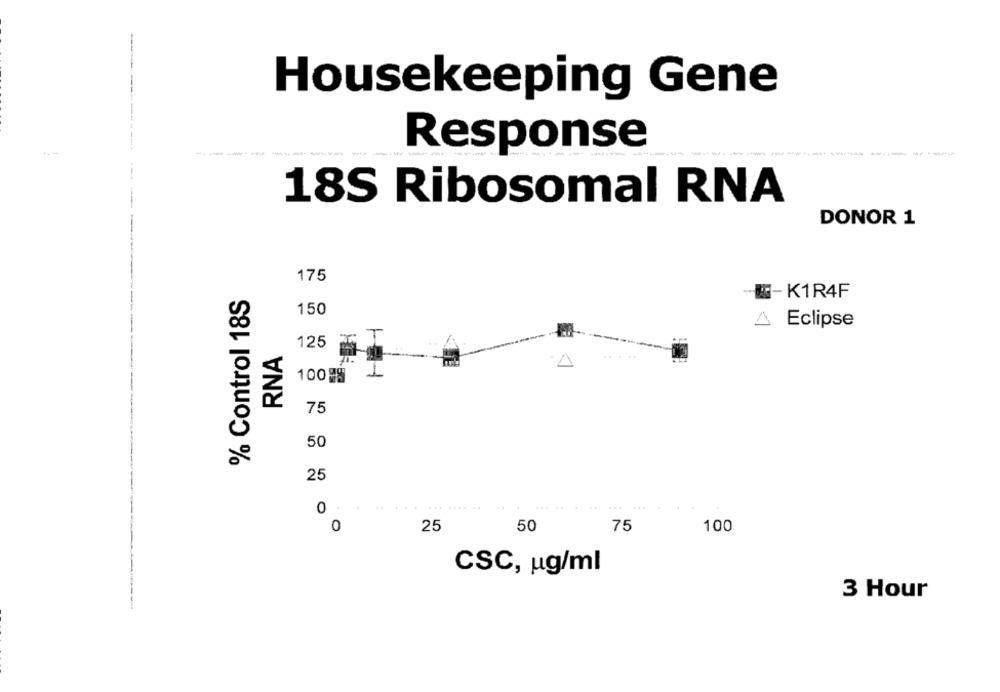
-
---
Housekeeping Gene
----
--------------
Response
---
18S Ribosomal RNA
DONOR 1
175
% Control 18S
-- K1R4F
150
<
Eclipse
125
I
RNA
A
10098
1
75
50
25
.. ..... .... ..
0
0
25
50
75
100
CSC, ug/ml
3 Hour